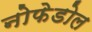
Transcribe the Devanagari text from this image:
नोफेडोल